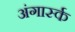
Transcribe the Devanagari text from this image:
अंगार्स्क